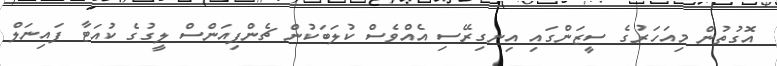
އޮގުތުން މިއަހަރުގެ ސީޒަންގައި އިނގިރޭސި އެއްވެސް ކުލަބަކުން ޗެންޕިއަންސް ލީގުގެ ކުއަޓާ ފައިނަލް